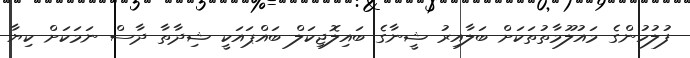
ފުލުހުންގެ މައުލޫމާތުތަކަށް ބަލާއިރު ޝީނާގެ ބައިލޮޖިކަލް ބައްޕައަކީ ޝިދާތާ ދާސް ނަމަކަށް ކިޔާ